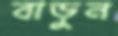
বাড়ুন